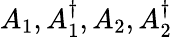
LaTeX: A_{1},A_{1}^{\dagger},A_{2},A_{2}^{\dagger}